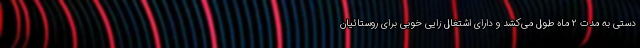
دستی به مدت ۲ ماه طول می‌کشد و دارای اشتغال زایی خوبی برای روستائیان